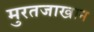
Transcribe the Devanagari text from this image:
मुरतजाखान